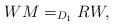
LaTeX: \begin{align*} WM=_{D_{1}}RW,\end{align*}